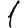
Digit: 1